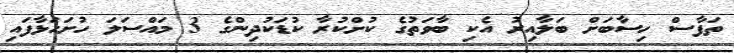
ތަފާސް ހިސާބަށް ބަލާއިރު އެކި ބާވަތުގެ ކުށްކުރާ ކުޑަކުދިންގެ 3 މައްސަލަ ހުށަހަޅާފައި